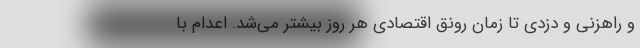
و راهزنی و دزدی تا زمان رونق اقتصادی هر روز بیشتر می‌شد. اعدام با